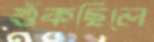
শুঁকছিলে